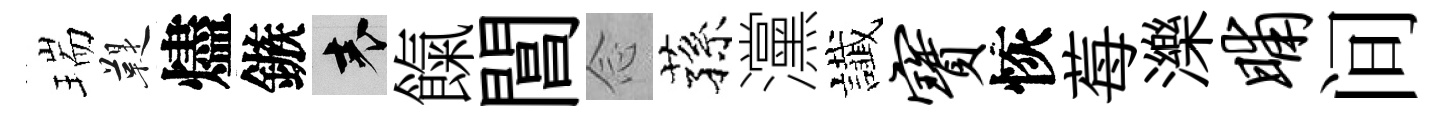
瑞鞮燼鏃表餼閶𫝹蓀灙䜟宝恢莓濼晡间